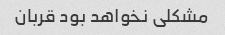
مشکلی نخواهد بود قربان